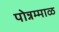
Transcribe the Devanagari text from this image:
पोन्नम्माळ